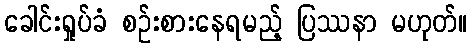
ခေါင်းရှုပ်ခံ စဉ်းစားနေရမည့် ပြဿနာ မဟုတ်။